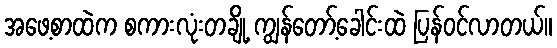
အဖေ့စာထဲက စကားလုံးတချို့ ကျွန်တော့်ခေါင်းထဲ ပြန်ဝင်လာတယ်။